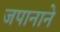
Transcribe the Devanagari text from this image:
जपानाने